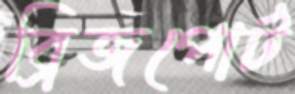
ব্রিজপোর্ট